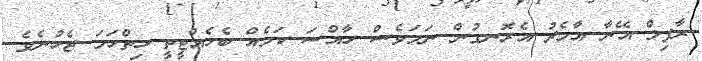
ރާފިލް އޭނާ އާމެދު އެރޮނގުން ނަމަވެސް ހާއްސަ ކަމެއް ބެހެއްޓީތީ ހިތްހަމަ ޖެހުނެވެ.